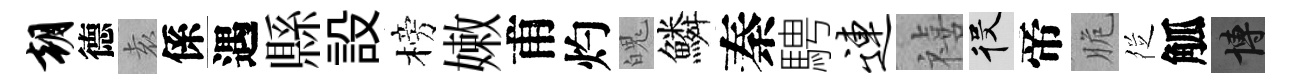
朝德𡊮係遇縣設榜嫩甫灼魄鱗秦騁连禧役帝脆徔觚博